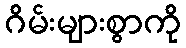
ဂိမ်းများစွာကို